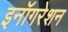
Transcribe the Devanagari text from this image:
इनॉगरेशन